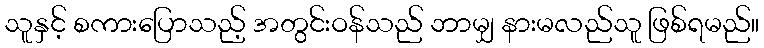
သူနှင့် စကားပြောသည့် အတွင်းဝန်သည် ဘာမျှ နားမလည်သူ ဖြစ်ရမည်။